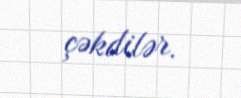
çəkdilər.